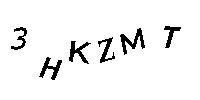
3HKZMT